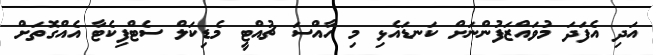
އަދި އެފަދަ މުވައްޒަފުންނަށް ކަނޑައެޅި މި ހާއްސަ ޗުއްޓީ މެޑިކަލް ސެޓްފިކެޓާ އެއްގޮތަށް